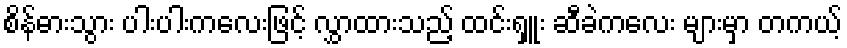
စိန်ဓားသွား ပါးပါးကလေးဖြင့် လွှာထားသည့် ထင်းရှူး ဆီခဲကလေး များမှာ တကယ့်